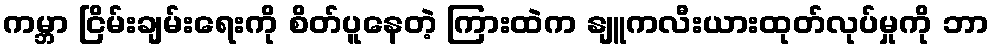
ကမ္ဘာ ငြိမ်းချမ်းရေးကို စိတ်ပူနေတဲ့ ကြားထဲက နျူကလီးယားထုတ်လုပ်မှုကို ဘာ